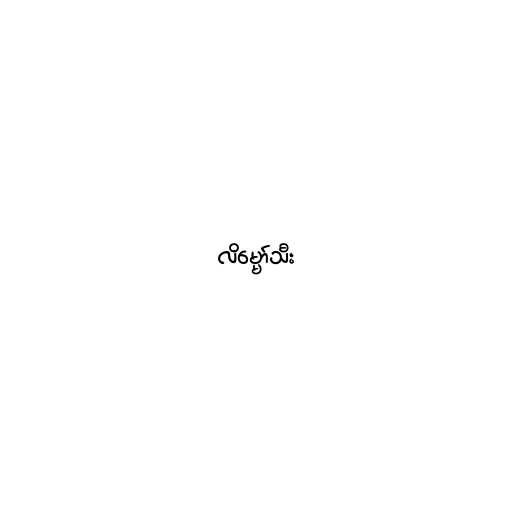
လိမ္မော်သီး